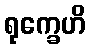
ရုက္ခေဟိ